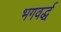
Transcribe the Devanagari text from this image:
भगवर्द्ध